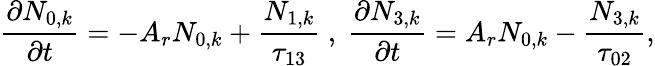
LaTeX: \frac{\partial N_{0,k}}{\partial t}=-A_{r}N_{0,k}+\frac{N_{1,k}}{\tau_{13}}\mathrm{~,~}\frac{\partial N_{3,k}}{\partial t}=A_{r}N_{0,k}-\frac{N_{3,k}}{\tau_{02}},